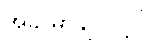
အခု မှာချင်လို့ပါ။